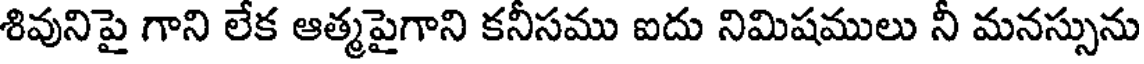
శివునిపై గాని లేక ఆత్మపైగాని కనీసము ఐదు నిమిషములు నీ మనస్సును